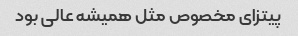
پیتزای مخصوص مثل همیشه عالی بود